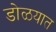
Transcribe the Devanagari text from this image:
डोळयात